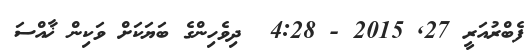
ފެބްރުއަރީ 27